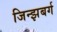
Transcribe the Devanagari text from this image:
जिन्झबर्ग